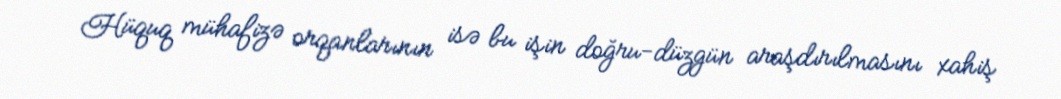
Hüquq mühafizə orqanlarının isə bu işin doğru-düzgün araşdırılmasını xahiş